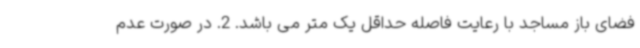
فضای باز مساجد با رعایت فاصله حداقل یک متر می باشد. 2. در صورت عدم